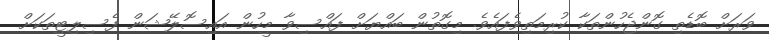
ވަރަށް ބޮޑެތި ގޮންޖެހުންތަކާ ކުރިމަތިވެފައެވެ. މިގޮތުން ބައްޔަށް ފައްސިވާ މީހުން އައިސޮލޭޝަން ފެސިލިޓީތަކަށް